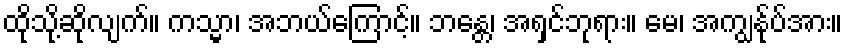
ထိုသို့ဆိုလျက်။ ကသ္မာ၊ အဘယ်ကြောင့်။ ဘန္တေ၊ အရှင်ဘုရား။ မေ၊ အကျွန်ုပ်အား။